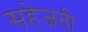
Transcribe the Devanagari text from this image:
सहेजती